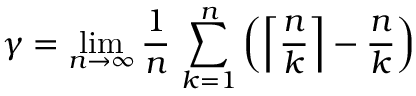
\gamma = \operatorname* { l i m } _ { n \to \infty } { \frac { 1 } { n } } \, \sum _ { k = 1 } ^ { n } \left( \left\lceil { \frac { n } { k } } \right\rceil - { \frac { n } { k } } \right)